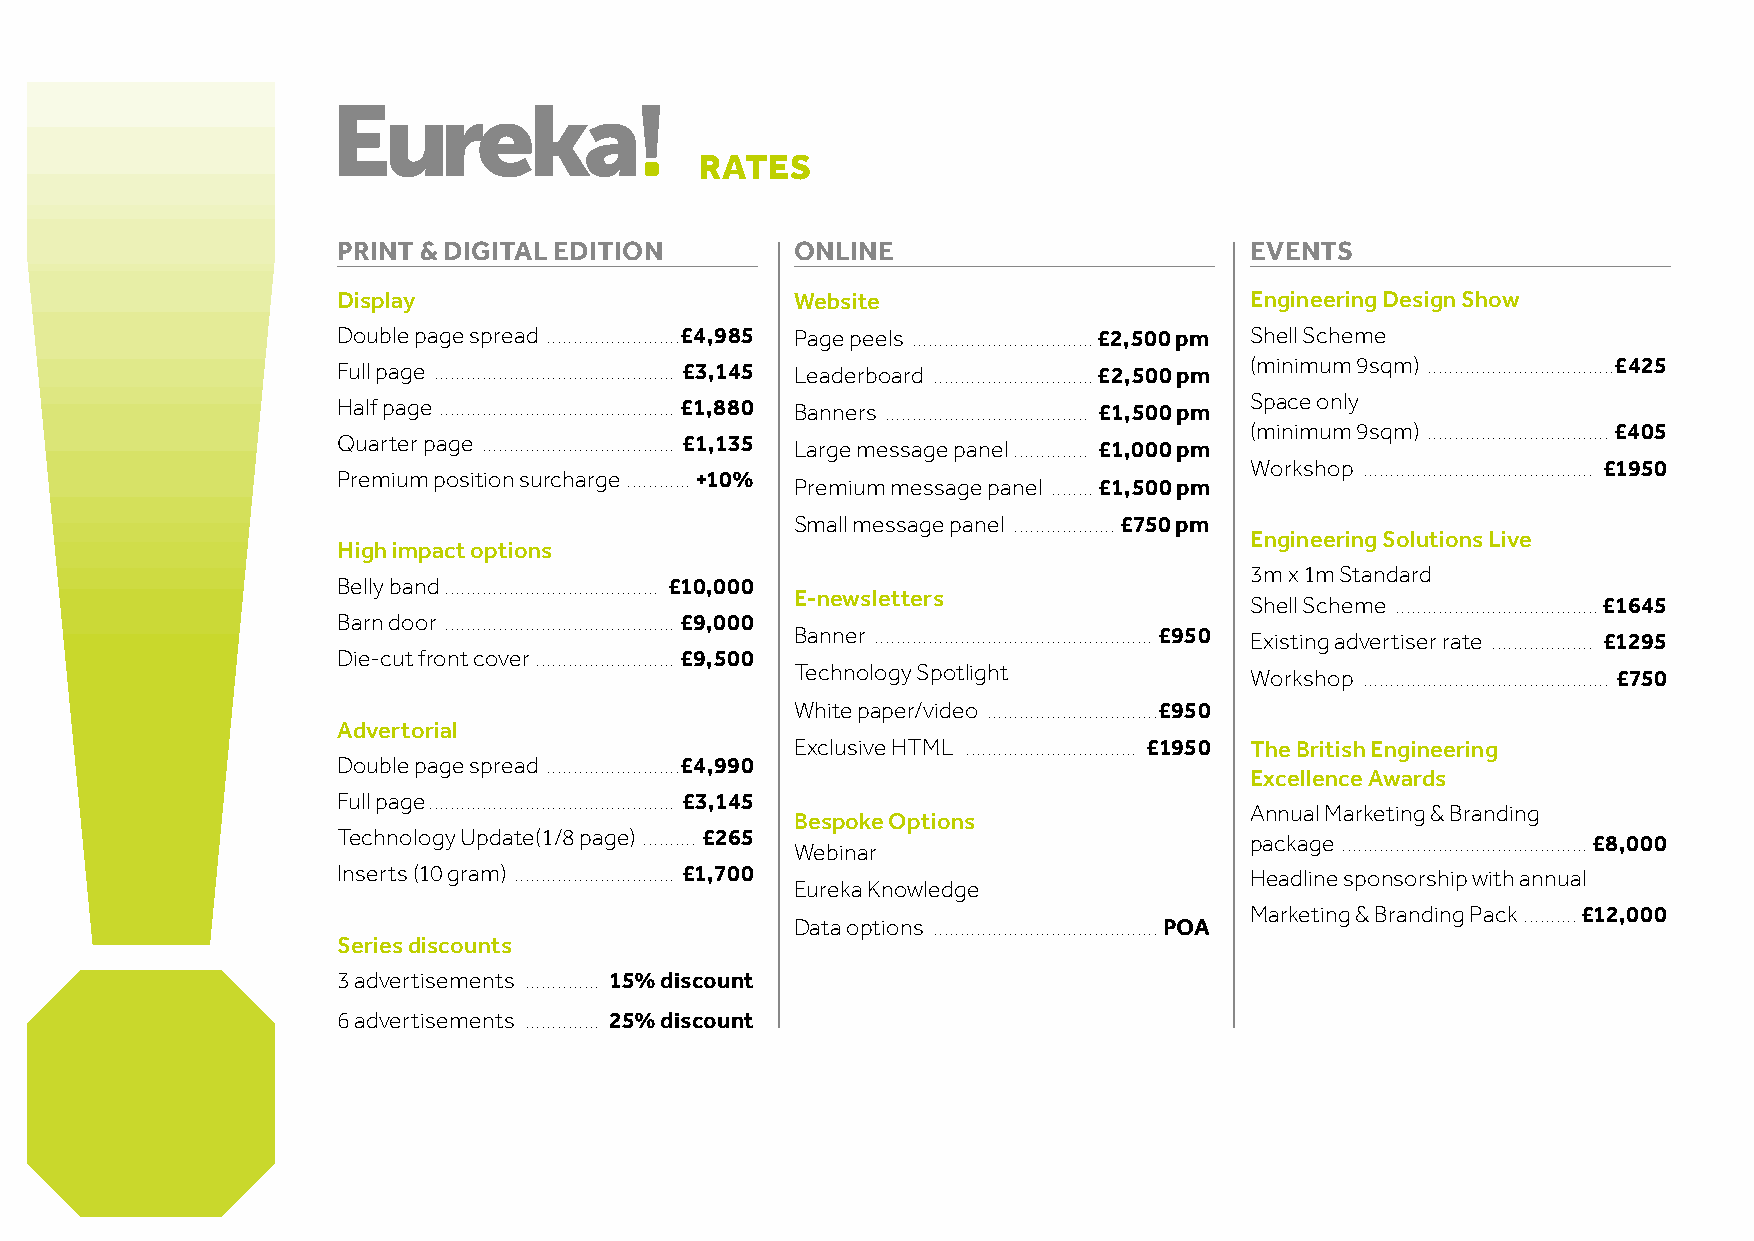
RATES
 PRINT & DIGITAL EDITION        ONLINE                        EVENTS
 Display                        Website                       Engineering Design Show
 Double page spread .........................£4,985 Page peels ..................................£2,500 pm Shell Scheme
 Full page ............................................. £3,145 Leaderboard ..............................£2,500 pm (minimum 9sqm) ...................................£425
 Space only
 Half page ............................................ £1,880 Banners ...................................... £1,500 pm
 (minimum 9sqm) ..................................£405
 Quarter page .................................... £1,135
 Large message panel .............. £1,000 pm
 Workshop ........................................... £1950
 Premium position surcharge ............+10%
 Premium message panel ........£1,500 pm
 Small message panel ...................£750 pm
 Engineering Solutions Live
 High impact options
 3m x 1m Standard
 Belly band ........................................ £10,000
 E-newsletters
 Shell Scheme ......................................£1645
 Barn door ........................................... £9,000
 Banner .................................................... £950 Existing advertiser rate ................... £1295
 Die-cut front cover .......................... £9,500
 Technology Spotlight          Workshop .............................................. £750
 White paper/video ................................£950
 Advertorial
 Exclusive HTML ................................ £1950 The British Engineering
 Double page spread .........................£4,990
 Excellence Awards
 Full page .............................................. £3,145
 Annual Marketing & Branding
 Bespoke Options
 Technology Update(1/8 page) .......... £265                  package ..............................................£8,000
 Webinar
 Inserts (10 gram) .............................. £1,700      Headline sponsorship with annual
 Eureka Knowledge
 Marketing & Branding Pack ..........£12,000
 Data options ..........................................POA
 Series discounts
 3 advertisements .............. 15% discount
 6 advertisements .............. 25% discount